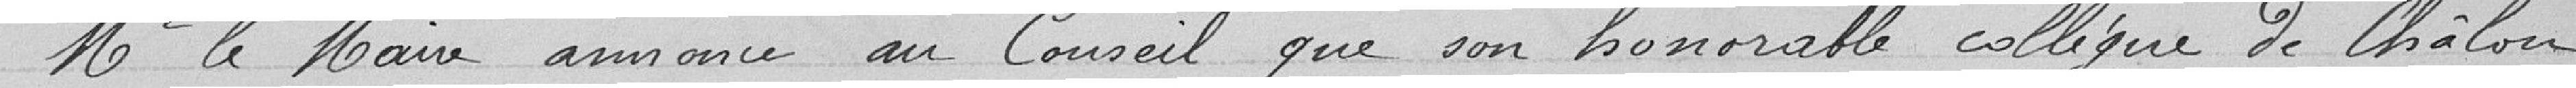
Mr le Maire annonce au Conseil que son honorable collègue de Châlon